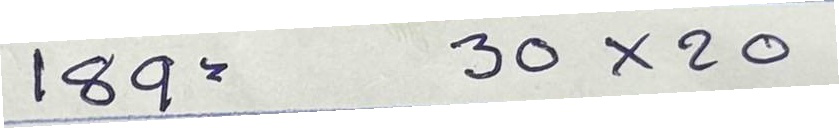
189 = 30x20